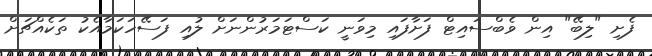
ފެށި "ލިބޭ" އިން ވެބްސައިޓް ފަށާފައި މިވަނީ ކަސްޓަމަރުންނަށް ލުއި ފަސޭހަކަމާއެކު ތަކެއްޗަށް